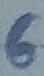
Text: 6